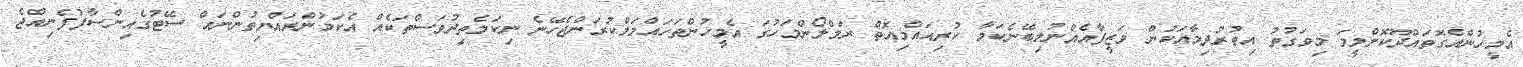
އެމީހުންއެގޮތައްދޫކޮށްލީމަ މިވަގުތު އިތުރުދިމާއަކުން ވަޒީފާއެއްނުލިބޭނެކަމާ ކުރިއައްމިއޮތް ރަމްލޯންމަހުގަ އެމީހުންތަހައްމަލްކުރަންޖެހޭނެ ނިކަމެތިދުވަސްތަކެއް އެކަމުންރައްޔިތުންނައް ސޭޓުގެއިންސާފުފެނިއްޖެ